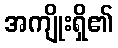
အကျိုးရှိ၏